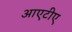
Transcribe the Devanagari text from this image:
आएटीए